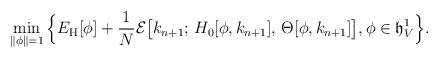
LaTeX: \begin{align*}\min_{\|\phi\|=1}\Big\{E_\mathrm{H}[\phi]+\frac{1}{N}\mathcal{E}\big[k_{n+1}; \,H_0[\phi,k_{n+1}], \,\Theta[\phi, k_{n+1}]\big],\phi\in\mathfrak{h}^1_V\Big\}.\end{align*}